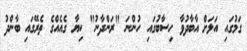
ގަމުގައި އަލަށް އާބާދުވާ ހިސާބުގައި ހުންނަ "ރަންދާނު" ކިޔާ ގެއެއްގެ ތެރޭގައި ބާންދު